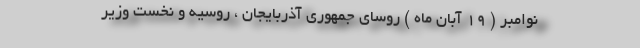
نوامبر ( ۱۹ آبان ماه ) روسای جمهوری آذربایجان ، روسیه و نخست وزیر